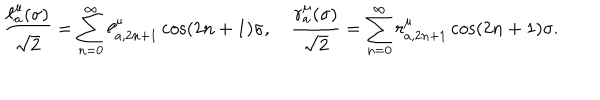
\frac { \ell _ { a } ^ { \mu } ( \sigma ) } { \sqrt { 2 } } = \sum _ { n = 0 } ^ { \infty } \ell _ { a , 2 n + 1 } ^ { \mu } \cos ( 2 n + 1 ) \sigma , \quad \frac { r _ { a } ^ { \mu } ( \sigma ) } { \sqrt { 2 } } = \sum _ { n = 0 } ^ { \infty } r _ { a , 2 n + 1 } ^ { \mu } \cos ( 2 n + 1 ) \sigma .